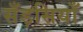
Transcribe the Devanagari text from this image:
सँड़सियाँ